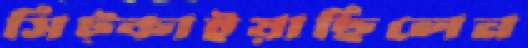
সিট্‌কাইয়াছিলেন